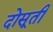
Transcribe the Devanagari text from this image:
दोसूती